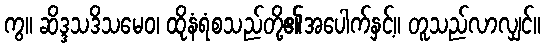
ကွ။ ဆိဒ္ဒသဒိသမေဝ၊ ထိုနံရံစသည်တို့၏အပေါက်နှင့်။ တူသည်လာလျှင်။